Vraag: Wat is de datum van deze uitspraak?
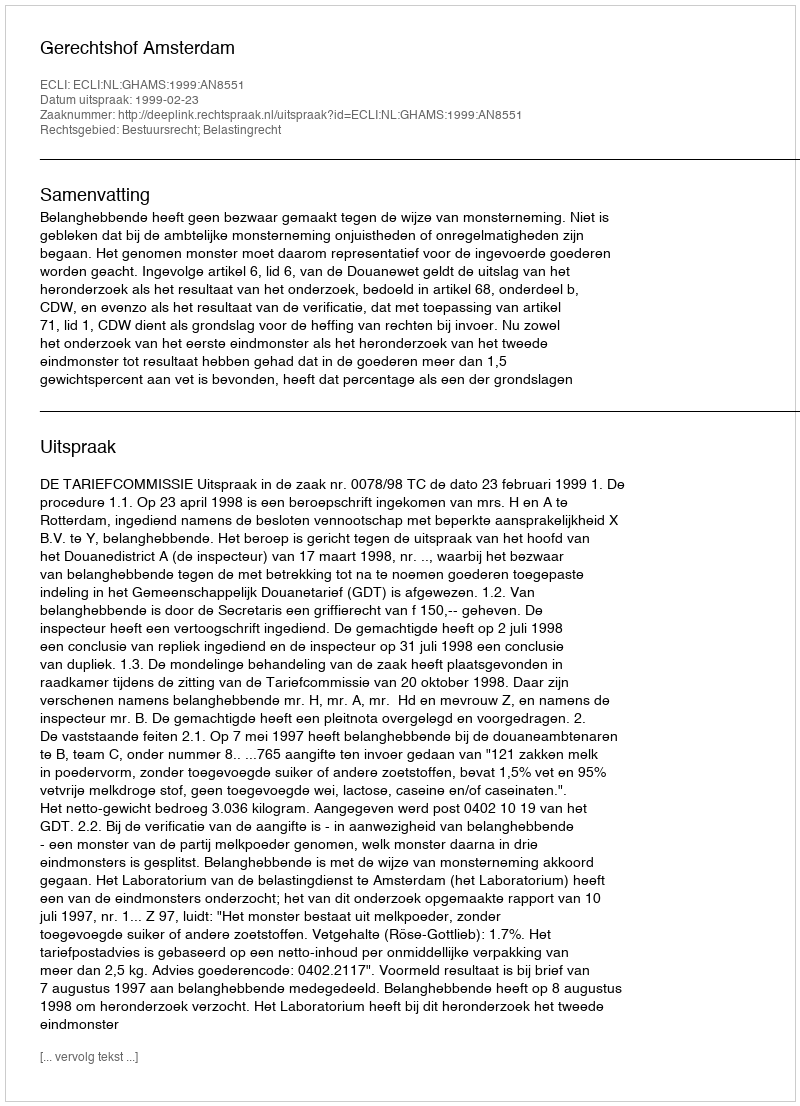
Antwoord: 1999-02-23